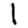
Digit: 1